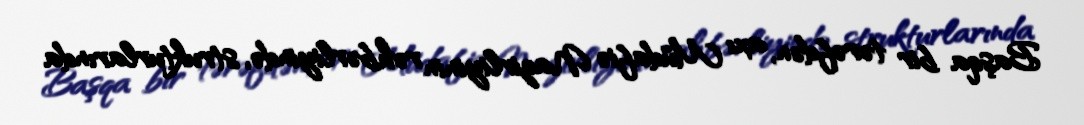
Başqa bir tərəfdən, axı Müdafiə Nazirliyinin rəhbərliyində, strukturlarında